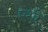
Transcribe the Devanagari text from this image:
एशी